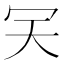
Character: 𠕹